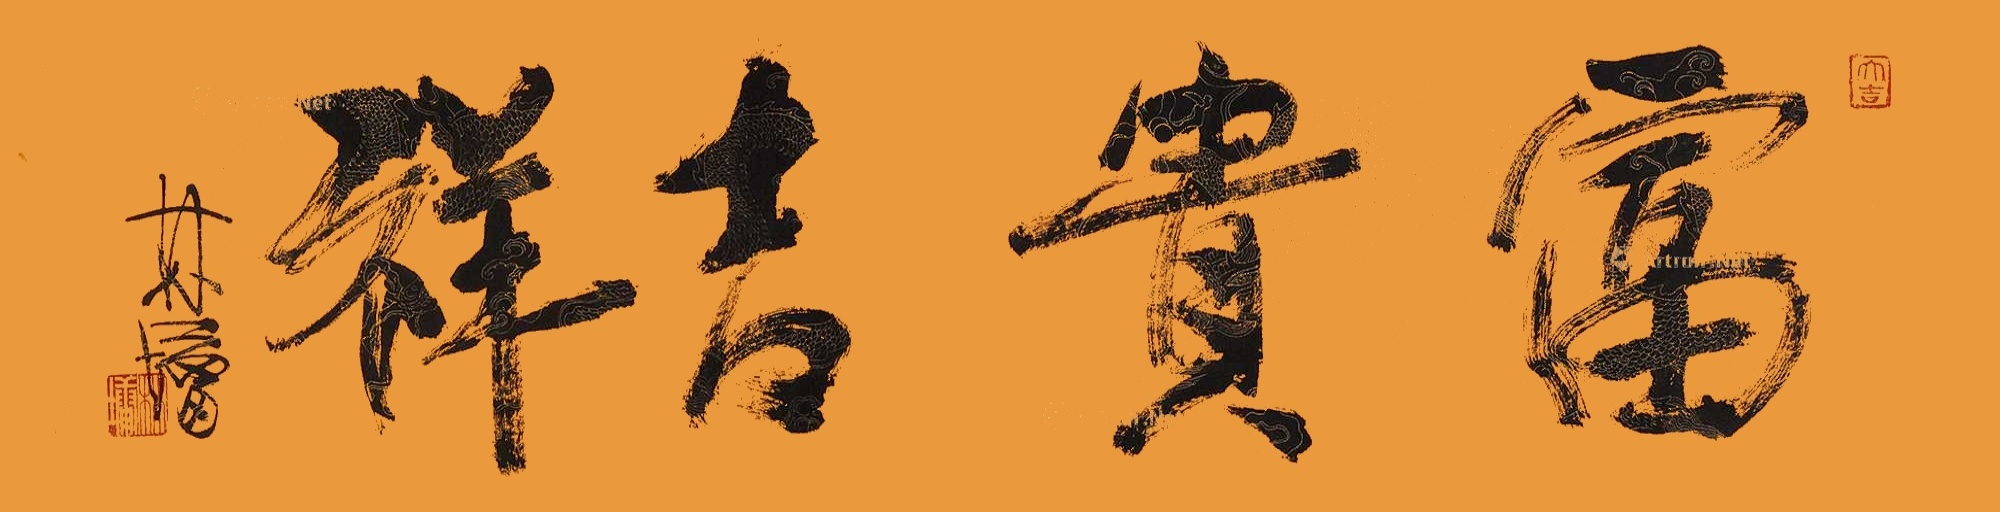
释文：富贵吉祥林墉